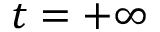
t = + \infty